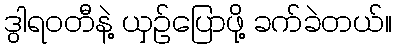
ဒွါရဝတီနဲ့ ယှဉ်ပြောဖို့ ခက်ခဲတယ်။